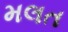
મલત